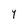
Character: Y